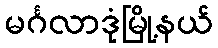
မင်္ဂလာဒုံမြို့နယ်